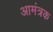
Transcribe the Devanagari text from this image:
आमंत्रक